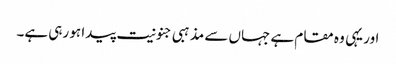
اور یہی وہ مقام ہے جہاں سے مذہبی جنونیت پیدا ہو رہی ہے۔